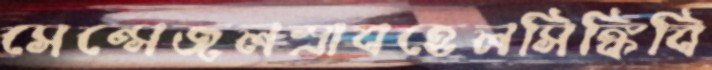
সেন্সেজলস্রাবহেলসিঙ্কিবি